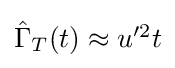
{\textstyle {\hat {\Gamma }}_{T}(t)\approx u'^{2}t}